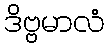
ဒိဗ္ဗမာလံ